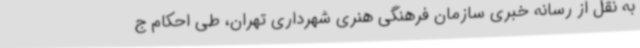
به نقل از رسانه خبری سازمان فرهنگی هنری شهرداری تهران، طی احکام ج